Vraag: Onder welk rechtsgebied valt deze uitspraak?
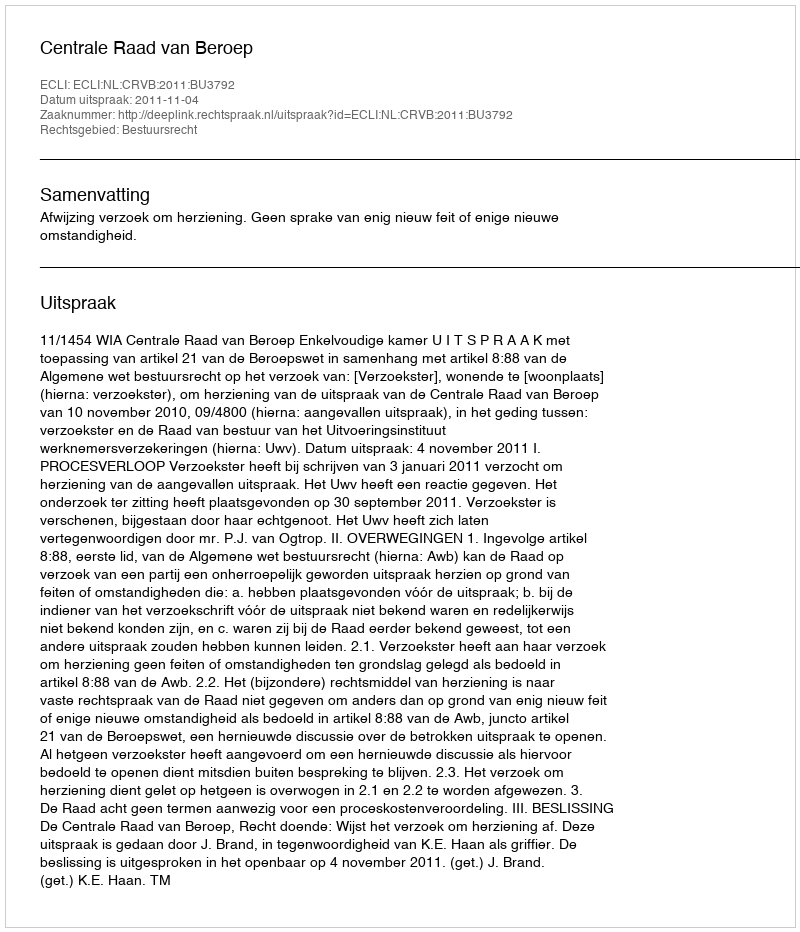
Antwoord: Bestuursrecht